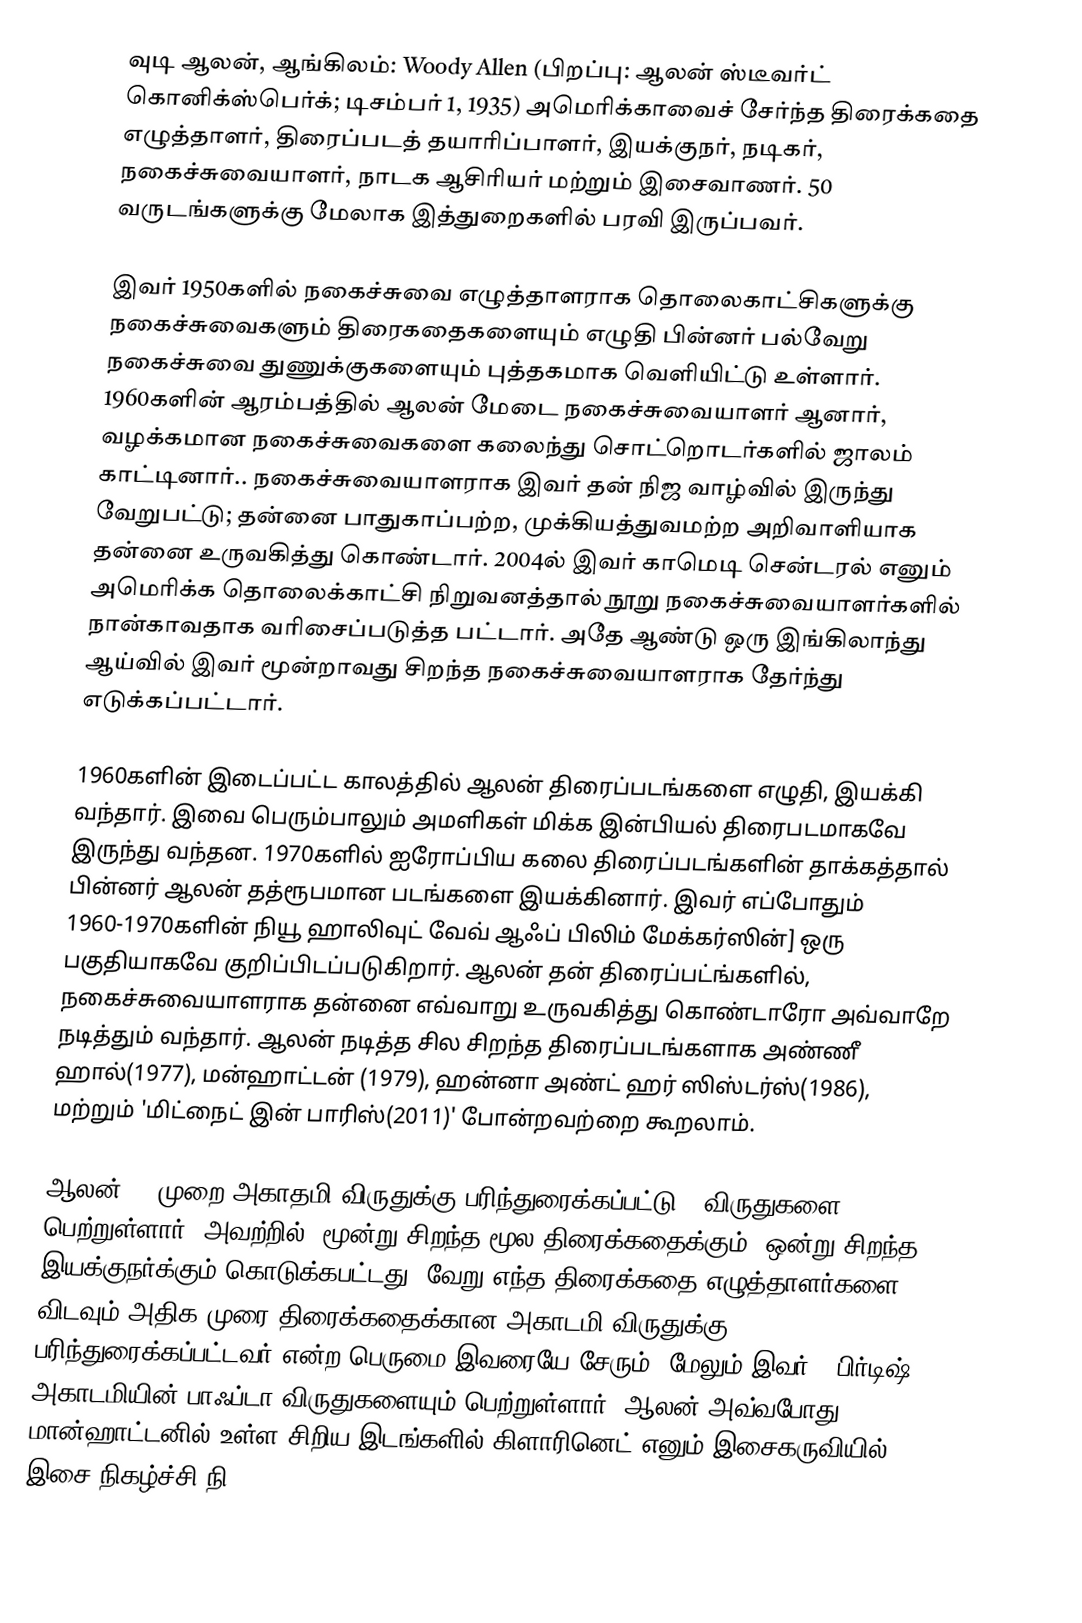
வுடி ஆலன், ஆங்கிலம்: Woody Allen (பிறப்பு: ஆலன் ஸ்டீவர்ட் கொனிக்ஸ்பெர்க்; டிசம்பர் 1, 1935) அமெரிக்காவைச் சேர்ந்த திரைக்கதை எழுத்தாளர், திரைப்படத் தயாரிப்பாளர், இயக்குநர், நடிகர், நகைச்சுவையாளர், நாடக ஆசிரியர் மற்றும் இசைவாணர். 50 வருடங்களுக்கு மேலாக இத்துறைகளில் பரவி இருப்பவர்.

இவர் 1950களில் நகைச்சுவை எழுத்தாளராக தொலைகாட்சிகளுக்கு நகைச்சுவைகளும் திரைகதைகளையும் எழுதி பின்னர் பல்வேறு நகைச்சுவை துணுக்குகளையும் புத்தகமாக வெளியிட்டு உள்ளார். 1960களின் ஆரம்பத்தில் ஆலன் மேடை நகைச்சுவையாளர் ஆனார், வழக்கமான நகைச்சுவைகளை கலைந்து சொட்றொடர்களில் ஜாலம் காட்டினார்.. நகைச்சுவையாளராக இவர் தன் நிஜ வாழ்வில் இருந்து வேறுபட்டு; தன்னை பாதுகாப்பற்ற, முக்கியத்துவமற்ற அறிவாளியாக தன்னை உருவகித்து கொண்டார். 2004ல் இவர் காமெடி சென்டரல் எனும் அமெரிக்க தொலைக்காட்சி நிறுவனத்தால் நூறு நகைச்சுவையாளர்களில் நான்காவதாக வரிசைப்படுத்த பட்டார். அதே ஆண்டு ஒரு இங்கிலாந்து ஆய்வில் இவர் மூன்றாவது சிறந்த நகைச்சுவையாளராக தேர்ந்து எடுக்கப்பட்டார்.

1960களின் இடைப்பட்ட காலத்தில் ஆலன் திரைப்படங்களை எழுதி, இயக்கி வந்தார். இவை பெரும்பாலும் அமளிகள் மிக்க இன்பியல் திரைபடமாகவே இருந்து வந்தன. 1970களில் ஐரோப்பிய கலை திரைப்படங்களின் தாக்கத்தால் பின்னர் ஆலன் தத்ரூபமான படங்களை இயக்கினார். இவர் எப்போதும் 1960-1970களின் நியூ ஹாலிவுட் வேவ் ஆஃப் பிலிம் மேக்கர்ஸின்] ஒரு பகுதியாகவே குறிப்பிடப்படுகிறார். ஆலன் தன் திரைப்பட்ங்களில், நகைச்சுவையாளராக தன்னை எவ்வாறு உருவகித்து கொண்டாரோ அவ்வாறே நடித்தும் வந்தார். ஆலன் நடித்த சில சிறந்த திரைப்படங்களாக அண்ணீ ஹால்(1977), மன்ஹாட்டன் (1979), ஹன்னா அண்ட் ஹர் ஸிஸ்டர்ஸ்(1986), மற்றும் 'மிட்நைட் இன் பாரிஸ்(2011)' போன்றவற்றை கூறலாம்.

ஆலன் 23 முறை அகாதமி விருதுக்கு பரிந்துரைக்கப்பட்டு 4 விருதுகளை பெற்றுள்ளார்; அவற்றில், மூன்று சிறந்த மூல திரைக்கதைக்கும், ஒன்று சிறந்த இயக்குநர்க்கும் கொடுக்கபட்டது. வேறு எந்த திரைக்கதை எழுத்தாளர்களை விடவும் அதிக முரை திரைக்கதைக்கான அகாடமி விருதுக்கு பரிந்துரைக்கப்பட்டவர் என்ற பெருமை இவரையே சேரும். மேலும் இவர் 9 பிர்டிஷ் அகாடமியின்  பாஃப்டா விருதுகளையும் பெற்றுள்ளார். ஆலன் அவ்வபோது மான்ஹாட்டனில் உள்ள சிறிய இடங்களில் கிளாரினெட் எனும் இசைகருவியில் இசை நிகழ்ச்சி நி